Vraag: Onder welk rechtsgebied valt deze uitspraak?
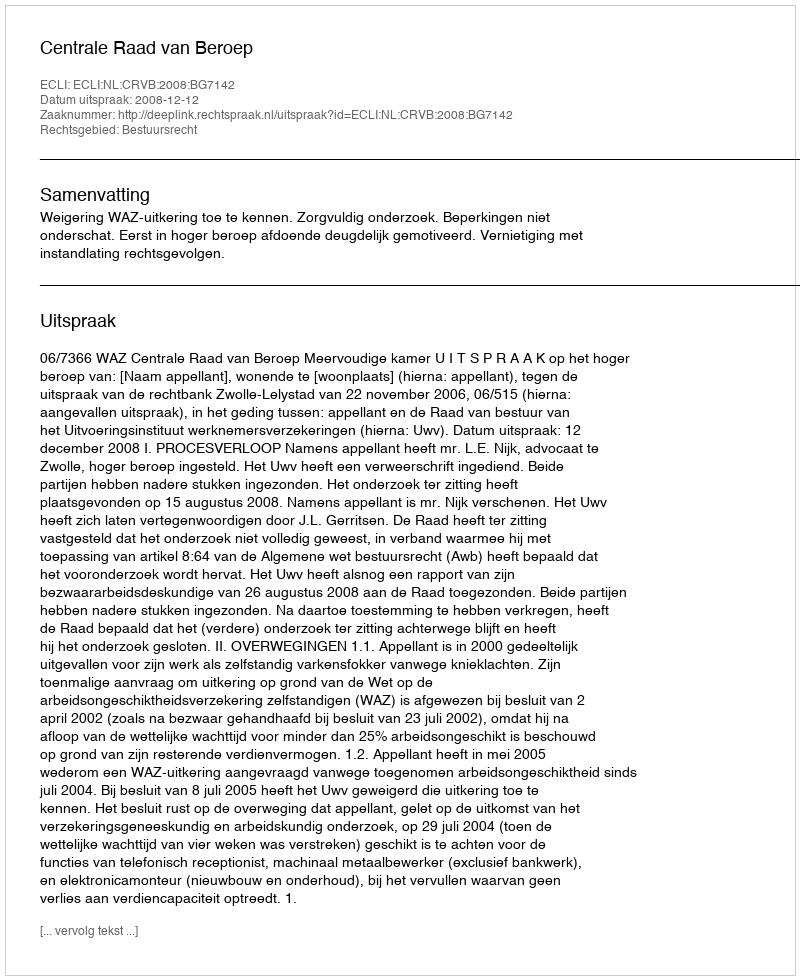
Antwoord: Bestuursrecht